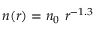
n ( r ) = n _ { 0 } \ r ^ { - 1 . 3 }